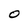
Character: O